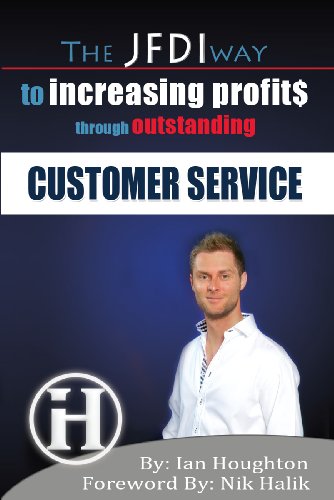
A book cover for The JFDI Way To Increasing Profits Through Outstanding Customer Service; Ian Houghton; Business & Money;